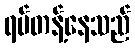
ရပ်တန့်နေသည်